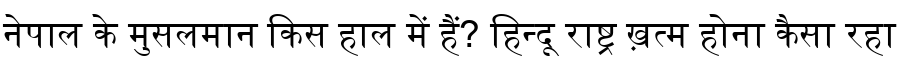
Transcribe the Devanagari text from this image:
नेपाल के मुसलमान किस हाल में हैं? हिन्दू राष्ट्र ख़त्म होना कैसा रहा